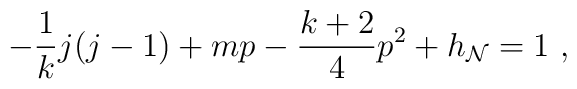
-\frac{1}{k}j(j-1) +mp - \frac{k+2}{4}p^2 + h _{\cal N} = 1~,